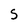
Character: S